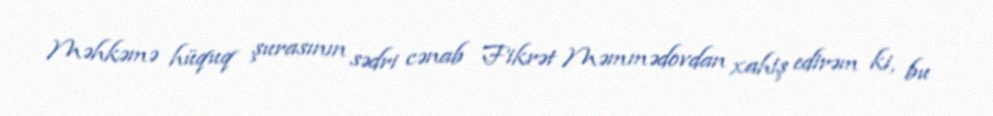
Məhkəmə hüquq şurasının sədri cənab Fikrət Məmmədovdan xahiş edirəm ki, bu